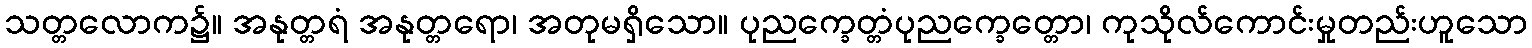
သတ္တလောက၌။ အနုတ္တရံ အနုတ္တရော၊ အတုမရှိသော။ ပုညက္ခေတ္တံပုညက္ခေတ္တော၊ ကုသိုလ်ကောင်းမှုတည်းဟူသော